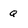
Character: q